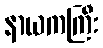
နာယကကြီး